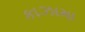
કાઝામા